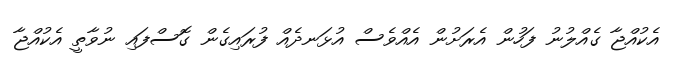
އެކުއްޖާ ގެއްލުނު ފަހުން އެރަށުން އެއްވެސް އުޅަނދެއް ފުރައިގެން ގޮސްފައި ނުވާތީ އެކުއްޖާ